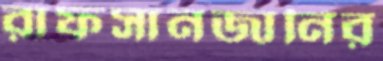
রাফসানজানির